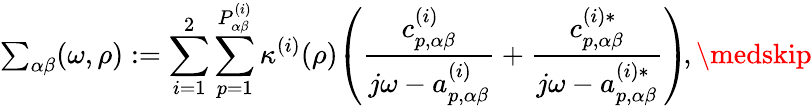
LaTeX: {\textstyle\sum_{{\alpha\beta}}}(\omega,\rho):=\sum_{i=1}^{2}\sum_{p=1}^{P_{\alpha\beta}^{(i)}}\kappa^{(i)}(\rho)\! \left(\frac{c_{p,\alpha\beta}^{(i)}}{j\omega-a_{p,\alpha\beta}^{(i)}}+\frac{c_{p,\alpha\beta}^{(i)*}}{j\omega-a_{p,\alpha\beta}^{(i)*}}\right)\! ,\medskip